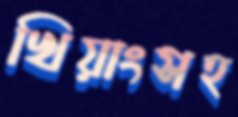
খিয়াংসহ